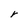
Character: r